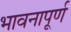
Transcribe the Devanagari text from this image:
भावनापूर्ण